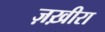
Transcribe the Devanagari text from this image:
ज़ख़ीरा